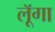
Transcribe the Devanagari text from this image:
लूॅगा